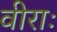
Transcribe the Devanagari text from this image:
वीराः